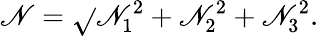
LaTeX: \mathscr{N}={\sqrt{}{{\mathscr{N}_{1}^{2}+\mathscr{N}_{2}^{2}+\mathscr{N}_{3}^{2}}}}.